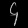
Digit: ၄